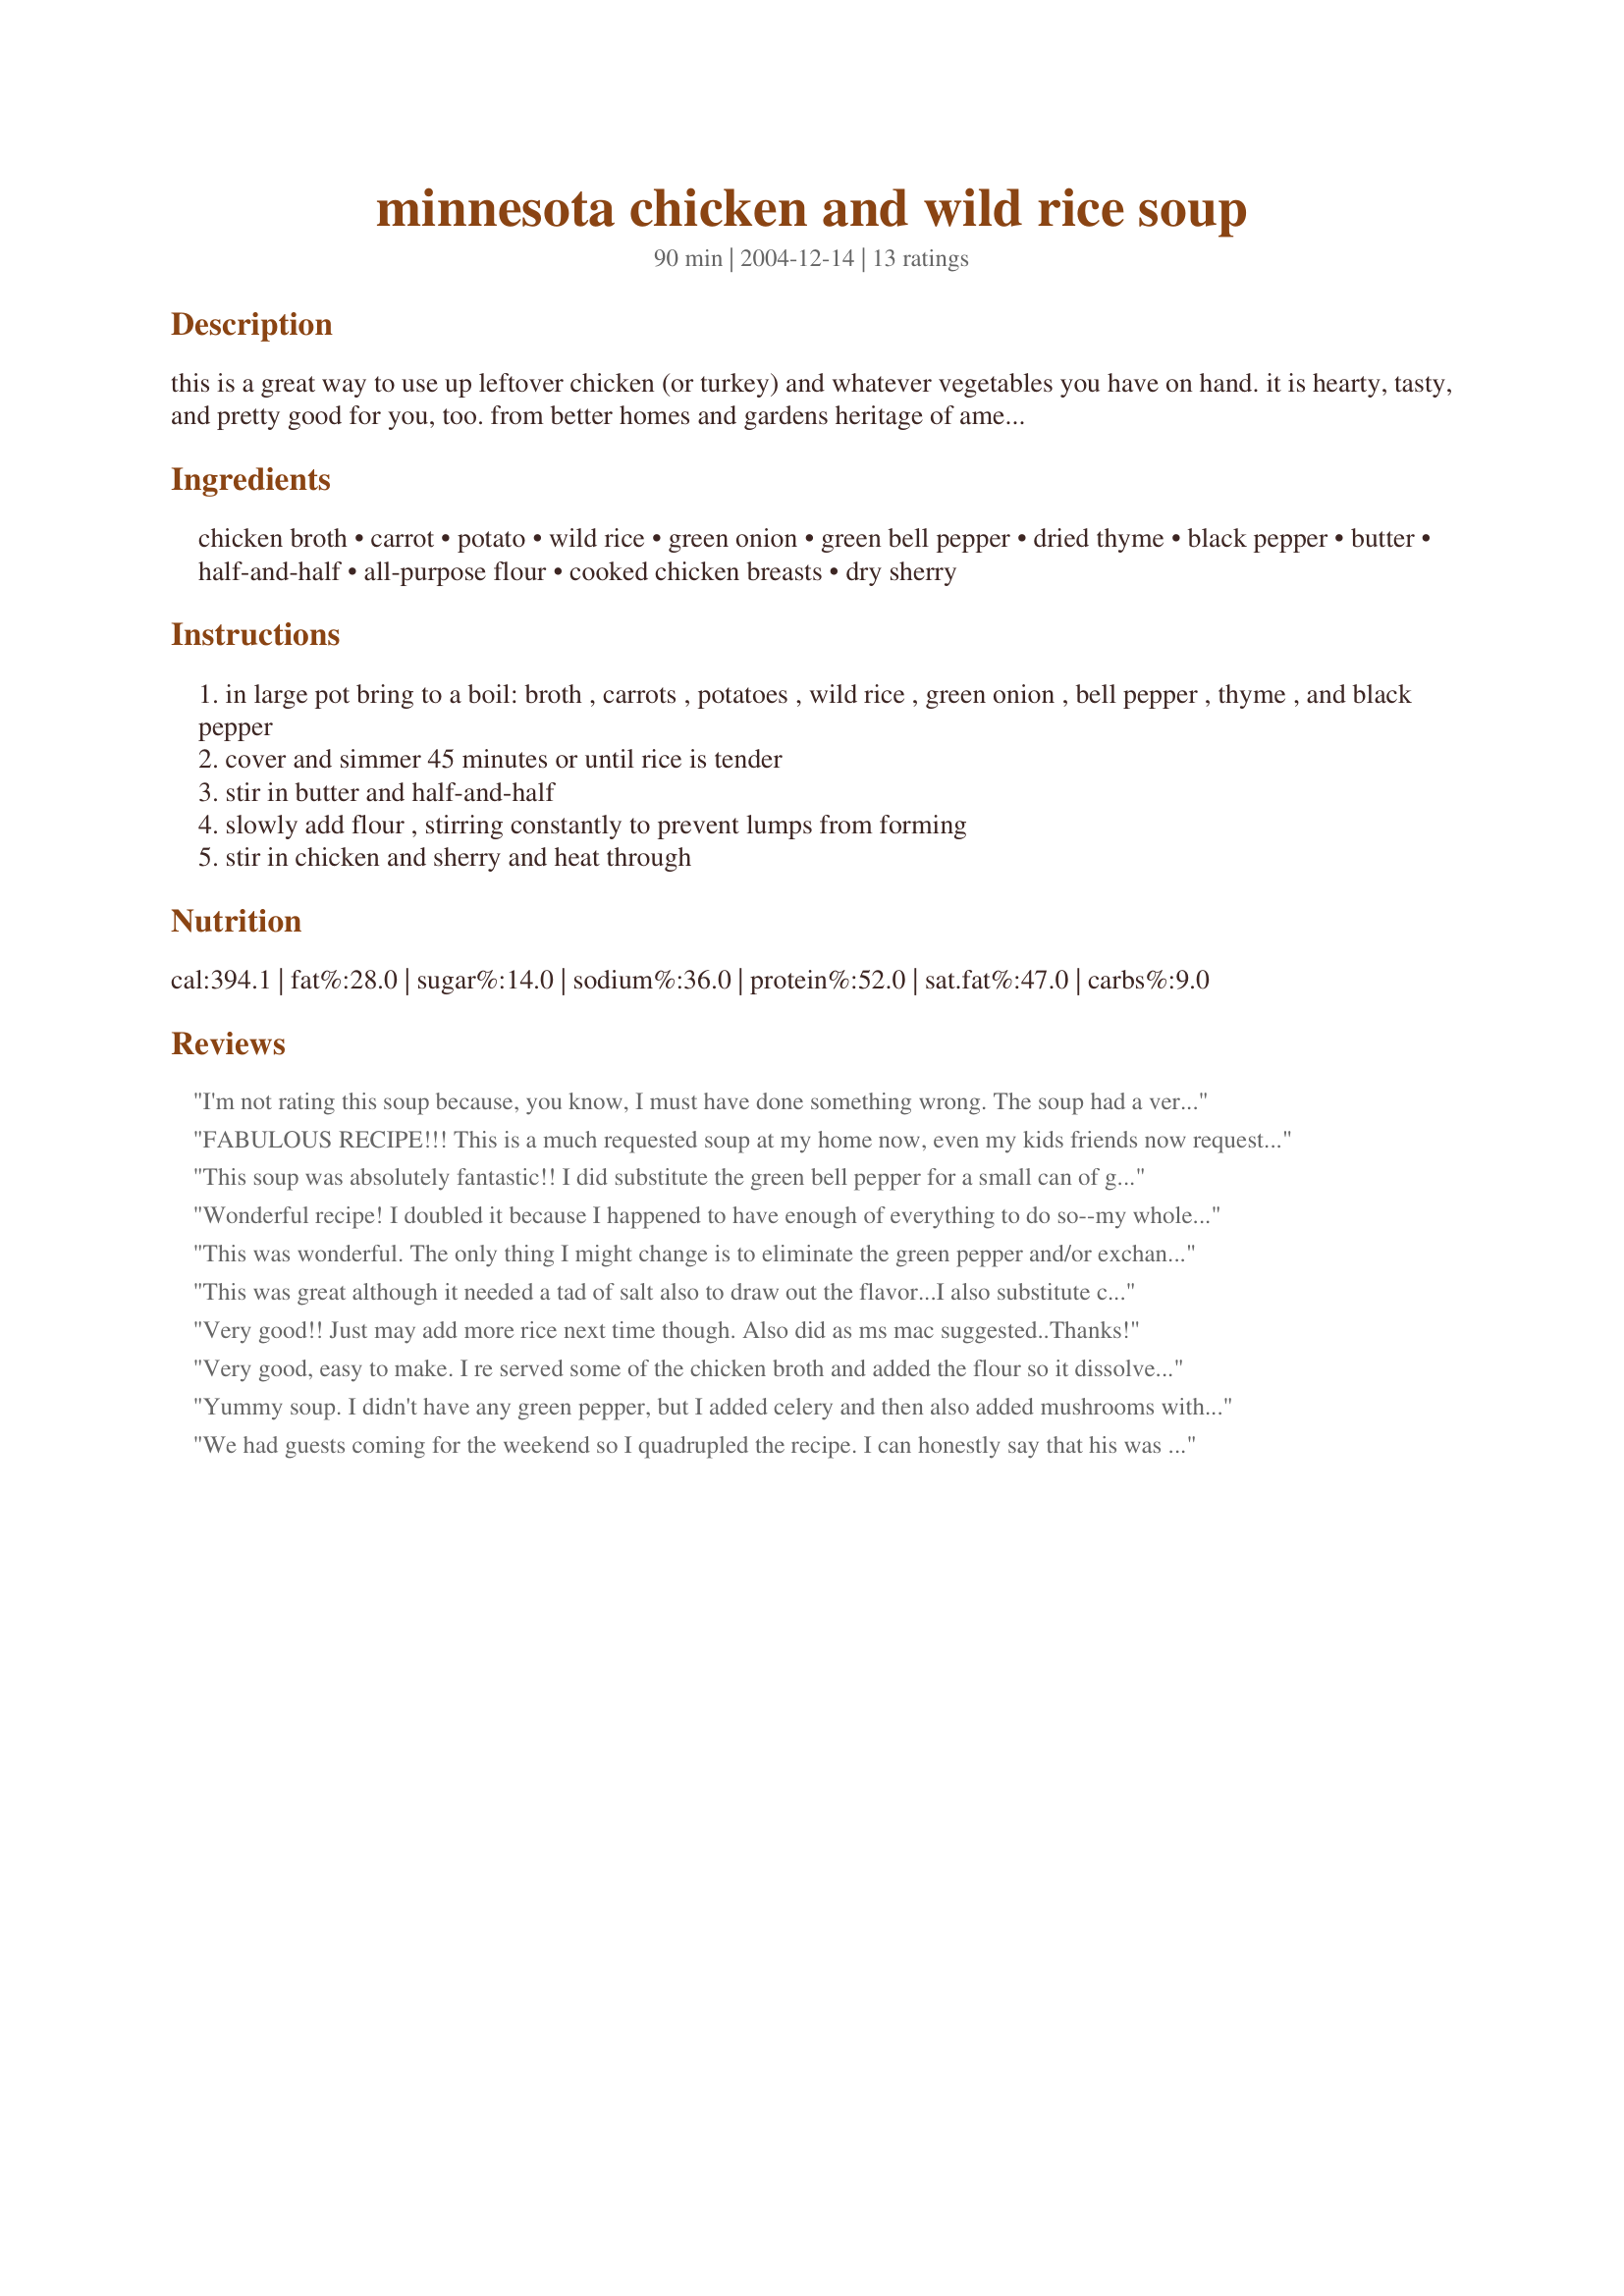
minnesota chicken and wild rice soup
Preparation time: 90 minutes

this is a great way to use up leftover chicken (or turkey) and whatever vegetables you have on hand. it is hearty, tasty, and pretty good for you, too. from better homes and gardens heritage of america cookbook.

Ingredients:
chicken broth, carrot, potato, wild rice, green onion, green bell pepper, dried thyme, black pepper, butter, half-and-half, all-purpose flour, cooked chicken breasts, dry sherry

Steps:
in large pot bring to a boil: broth , carrots , potatoes , wild rice , green onion , bell pepper , thyme , and black pepper
cover and simmer 45 minutes or until rice is tender
stir in butter and half-and-half
slowly add flour , stirring constantly to prevent lumps from forming
stir in chicken and sherry and heat through

Reviews:
I'm not rating this soup because, you know, I must have done something wrong. The soup had a very odd undertaste. I wonder if perhaps I put in more sherry than I should have...or if I overdid one the spices by accident. ? Don't know. I think I may try it again because the recipe sounds so yummy.
FABULOUS RECIPE!!! This is a much requested soup at my home now, even my kids friends now request it when visiting our home and always want 2nd and 3rd helpings. I like to add celery and broccoli when I make it, I always use leftover roasted chicken to make it (light and dark meat shredded)... it turns out awesome every time!!!
This soup was absolutely fantastic!! I did substitute the green bell pepper for a small can of green chilies and it worked great - the hubby would eat it - - and actually loved it! Next time we make this for a dinner party - it was that good!
Wonderful recipe! I doubled it because I happened to have enough of everything to do so--my whole family said it was delicious, and I thought so too! Thank you for posting! : )
This was wonderful. The only thing I might change is to eliminate the green pepper and/or exchange it for celery. Just loved the dry sherry added in the end. Definitely will keep on my soup rotation for the fall. Luckily picked up a bag of wild rice when I visited Minnesota!
This was great although it needed a tad of salt also to draw out the flavor...I also substitute celery for the green pepper and added mushrooms when I added the chicken...very yummy and a great hit!
Very good!! Just may add more rice next time though. Also did as ms mac suggested..Thanks!
Very good, easy to make. I re served some of the chicken broth and added the flour so it dissolved. Kept lumps from forming
Yummy soup. I didn't have any green pepper, but I added celery and then also added mushrooms with the chicken. I will make this again!
We had guests coming for the weekend so I quadrupled the recipe. I can honestly say that his was the best soup I have ever had. We will be making it again very soon.
I will change my rating to a 5 once I figure out what it's missing. I have had a lot of wild rice soup living in MN and this is a great soup, but the flavoring is a little....weak. Some spice is missing I think and I followed the recipe to a Tee. I will use this again once I figure out the missing ingredient for my families taste. Thanks for posting!
Outstanding recipe that I have made serverl times. Only thing I changed was I left out the green onion, bell pepper and the sherry. Even better as leftovers!
Wife and I had your recipe for dinner last night and it was superb!! Leftovers tasted even better after night in the fridge. I added some celery that was on hand.

This is a real winner for a cold, winter night.
